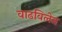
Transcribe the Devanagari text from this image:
वाढविलेत